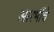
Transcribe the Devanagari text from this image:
आरभींचे